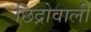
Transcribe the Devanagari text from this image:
छिद्रोवाली